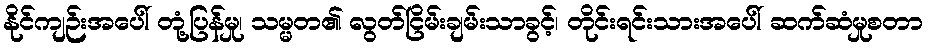
နိုင်ကျဉ်းအပေါ် တုံ့ပြန်မှု၊ သမ္မတ၏ လွတ်ငြိမ်းချမ်းသာခွင့်၊ တိုင်းရင်းသားအပေါ် ဆက်ဆံမှုစတာ